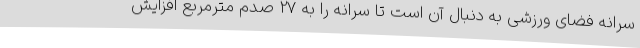
سرانه فضای ورزشی به دنبال آن است تا سرانه را به 27 صدم مترمربع افزایش